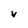
Character: V